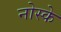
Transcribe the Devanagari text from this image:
नोस्के